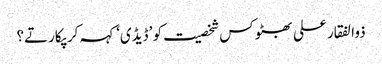
ذوالفقار علی بھٹو کس شخصیت کو ’ڈیڈی‘ کہہ کر پکارتے؟